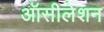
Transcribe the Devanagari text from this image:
ऑसीलेशन